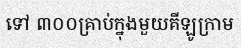
ទៅ ៣០០គ្រាប់ក្នុងមួយគីឡូក្រាម